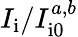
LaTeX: I_{\mathrm{i}}/I_{\mathrm{i0}}^{a,b}